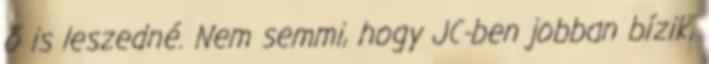
ő is leszedné. Nem semmi, hogy JC-ben jobban bízik,